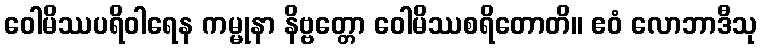
ဝေါမိဿပရိဝါရေန ကမ္မုနာ နိဗ္ဗတ္တော ဝေါမိဿစရိတောတိ။ ဧဝံ လောဘာဒီသု